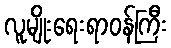
လူမျိုးရေးရာဝန်ကြီး